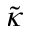
\tilde { \kappa }